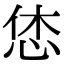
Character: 恷